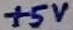
Text: +5V